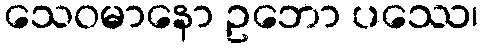
သေဝမာနော ဥဘော ပဿေ၊